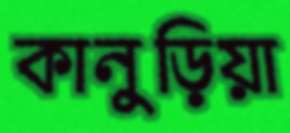
কানুড়িয়া